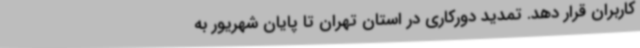
کاربران قرار دهد. تمدید دورکاری در استان تهران تا پایان شهریور به